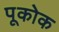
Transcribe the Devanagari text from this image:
पूकोक